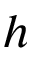
h